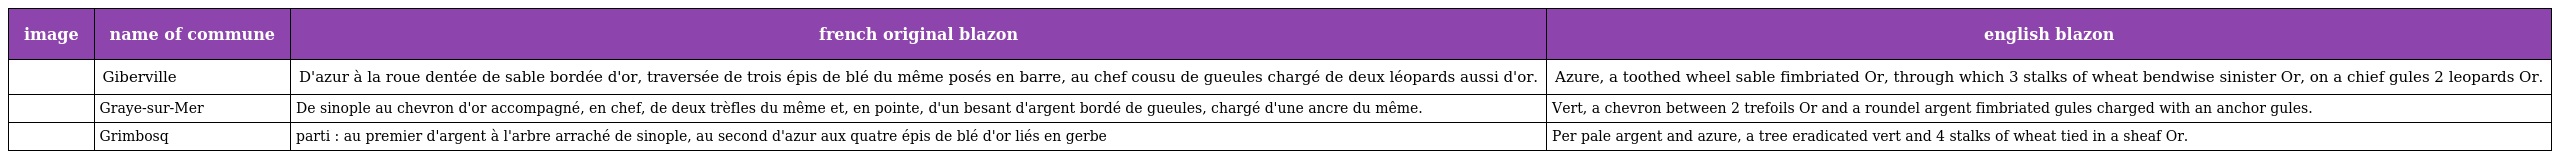
| image | name of commune | french original blazon | english blazon |
 | --- | --- | --- | --- |
 |  | Giberville | D'azur à la roue dentée de sable bordée d'or, traversée de trois épis de blé du même posés en barre, au chef cousu de gueules chargé de deux léopards aussi d'or. | Azure, a toothed wheel sable fimbriated Or, through which 3 stalks of wheat bendwise sinister Or, on a chief gules 2 leopards Or. |
 |  | Graye-sur-Mer | De sinople au chevron d'or accompagné, en chef, de deux trèfles du même et, en pointe, d'un besant d'argent bordé de gueules, chargé d'une ancre du même. | Vert, a chevron between 2 trefoils Or and a roundel argent fimbriated gules charged with an anchor gules. |
 |  | Grimbosq | parti : au premier d'argent à l'arbre arraché de sinople, au second d'azur aux quatre épis de blé d'or liés en gerbe | Per pale argent and azure, a tree eradicated vert and 4 stalks of wheat tied in a sheaf Or. |